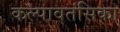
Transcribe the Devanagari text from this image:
कल्पावतंसिका